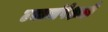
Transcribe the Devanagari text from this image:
टक्क्यांपेक्षाही